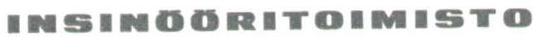
INSINÖÖRITOIMISTO